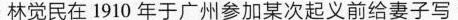
林觉民在1910年于广州参加某次起义前给妻子写